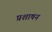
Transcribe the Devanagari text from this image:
प्रशाषन